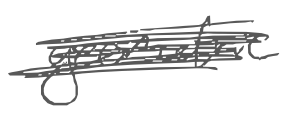
Text: geometric
Cross-out: scratch
Writing tool: digital_gray